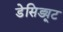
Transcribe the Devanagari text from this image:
डेसिड्यूट